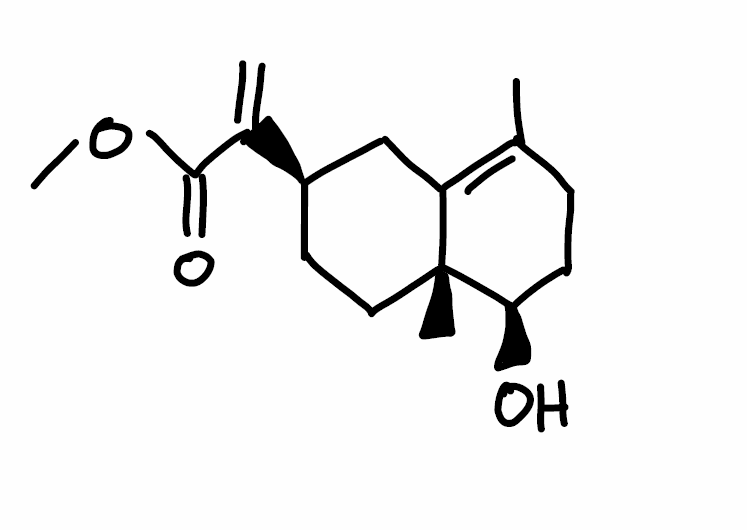
Simplified molecular-input line-entry system (SMILES) notation of the given molecule:
CC1=C2C[C@@H](CC[C@]2([C@@H](CC1)O)C)C(=C)C(=O)OC